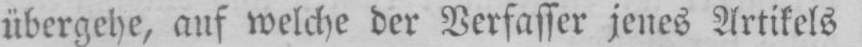
übergehe, auf welche der Verfasser jenes Artikels